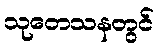
သုတေသနတွင်